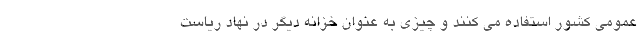
عمومی کشور استفاده می کنند و چیزی به عنوان خزانه دیگر در نهاد ریاست